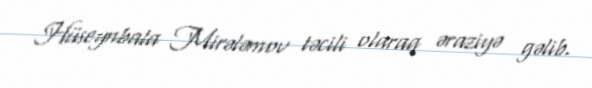
Hüseynbala Mirələmov təcili olaraq əraziyə gəlib.